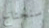
سنحتاج